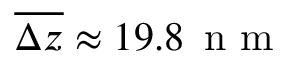
\overline { { \Delta z } } \approx 1 9 . 8 \, \mathrm { ~ n ~ m ~ }